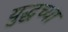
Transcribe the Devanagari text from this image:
युद्धच्या